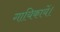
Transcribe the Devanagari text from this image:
गायिकायें।